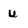
Character: u